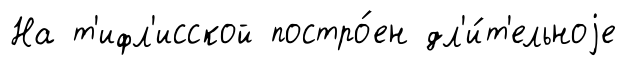
На т'ифл'исской постро́ен дл'и́т'ельноjе